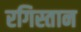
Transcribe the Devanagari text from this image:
रगिस्तान